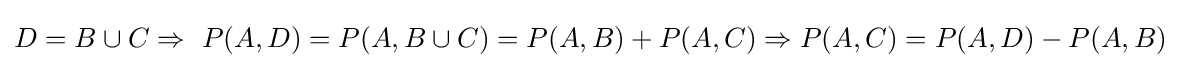
D=B\cup C\Rightarrow \ P(A,D)=P(A,B\cup C)=P(A,B)+P(A,C)\Rightarrow P(A,C)=P(A,D)-P(A,B)